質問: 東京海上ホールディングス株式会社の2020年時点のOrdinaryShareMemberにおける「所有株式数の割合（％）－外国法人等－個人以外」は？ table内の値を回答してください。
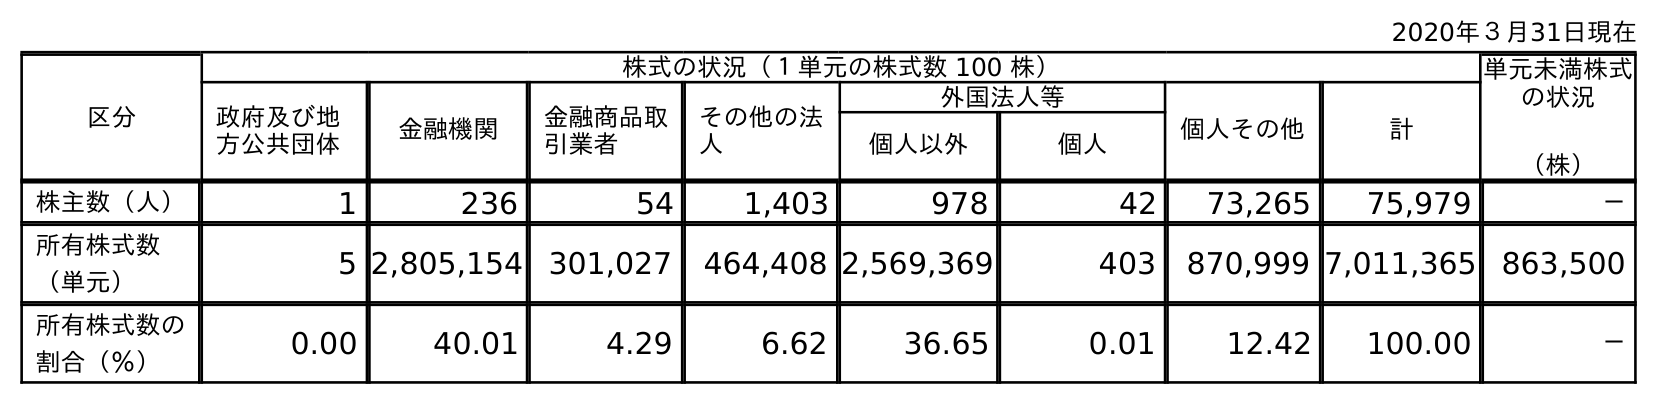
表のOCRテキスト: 2020年３月31日現在 区分 株式の状況（１単元の株式数 100 株） 単元未満株式 の状況 （株） 政府及び地 方公共団体 金融機関 金融商品取 引業者 その他の法 人 外国法人等 個人その他 計 個人以外 個人 株主数（人） 1 236 54 1,403 978 42 73,265 75,979 － 所有株式数 （単元） 5 2,805,154 301,027 464,408 2,569,369 403 870,999 7,011,365 863,500 所有株式数の 割合（％） 0.00 40.01 4.29 6.62 36.65 0.01 12.42 100.00 －
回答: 36.65